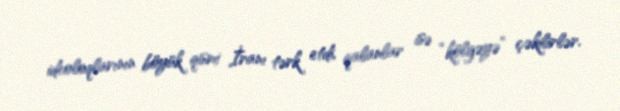
ideoloqlarının böyük qismi İranı tərk etdi, qalanlar isə “kölgəyə” çəkilirlər.